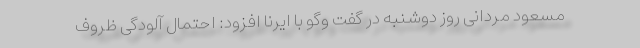
مسعود مردانی روز دوشنبه در گفت وگو با ایرنا افزود: احتمال آلودگی ظروف